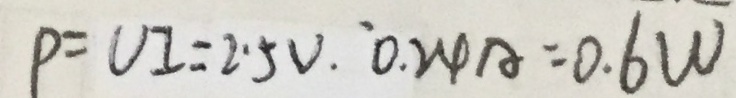
P = U I = 2 . 5 V . 0 . 2 4 A = 0 . 6 W